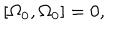
\left[ \Omega _ { 0 } , \Omega _ { 0 } \right] = 0 ,